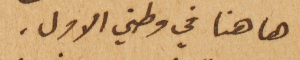
ها هنا في وطني الاول.